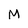
Character: M